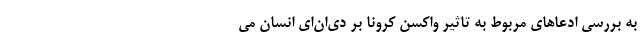
به بررسی ادعاهای مربوط به تاثیر واکسن کرونا بر دی‌ان‌ای انسان می‌